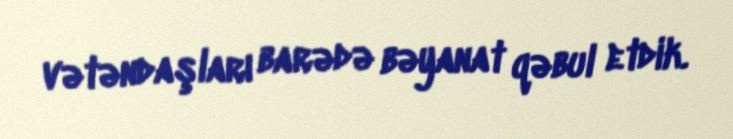
vətəndaşları barədə bəyanat qəbul etdik.